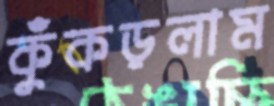
কুঁকড়লাম